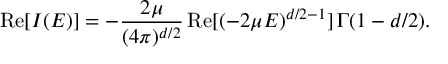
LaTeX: \mathrm { R e } [ I ( E ) ] = - \frac { 2 \mu } { ( 4 \pi ) ^ { d / 2 } } \, \mathrm { R e } [ ( - 2 \mu E ) ^ { d / 2 - 1 } ] \, \Gamma ( 1 - d / 2 ) .